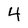
Character: 4